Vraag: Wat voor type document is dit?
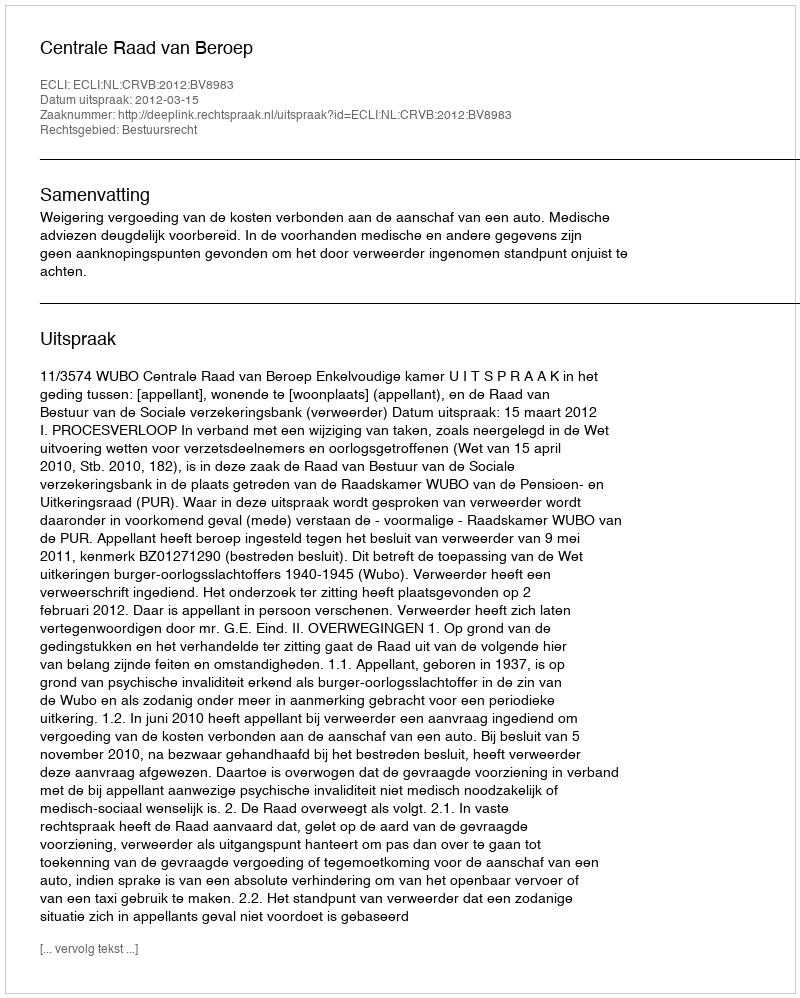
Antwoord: Uitspraak